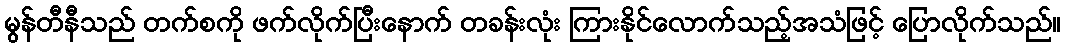
မွန်တီနီသည် တက်စကို ဖက်လိုက်ပြီးနောက် တခန်းလုံး ကြားနိုင်လောက်သည့်အသံဖြင့် ပြောလိုက်သည်။